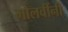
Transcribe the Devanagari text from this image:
मौलवींनी